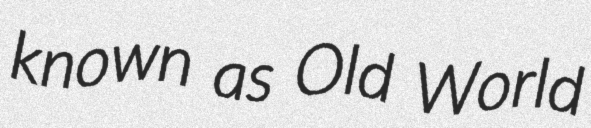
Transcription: known as Old World